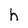
Character: h